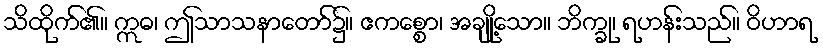
သိထိုက်၏။ ဣဓ၊ ဤသာသနာတော်၌။ ဧကစ္စော၊ အချို့သော။ ဘိက္ခု၊ ရဟန်းသည်။ ဝိဟာရ